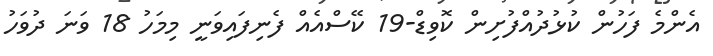
އެންމެ ފަހުން ކުޅުދުއްފުށިން ކޮވިޑް-19 ކޭސްއެއް ފެނިފައިވަނީ މިމަހު 18 ވަނަ ދުވަހު